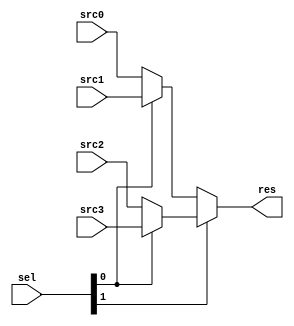
`timescale 1ns / 1ps
//////////////////////////////////////////////////////////////////////////////////
// Company: 
// Engineer: 
// 
// Design Name: 
// Module Name: RF_WD_MUX
// Project Name: 
// Target Devices: 
// Tool Versions: 
// Description: 
// 
// Dependencies: 
// 
// Revision:
// Revision 0.01 - File Created
// Additional Comments:
// 
//////////////////////////////////////////////////////////////////////////////////

module MUX4 # (
    parameter               WIDTH                   = 32
)(
    input                   [WIDTH-1 : 0]           src0, src1, src2, src3,
    input                   [      1 : 0]           sel,//,0PC+4,1ALU,2,30

    output                  [WIDTH-1 : 0]           res
);
    assign res = sel[1] ? (sel[0] ? src3 : src2) : (sel[0] ? src1 : src0);
endmodule